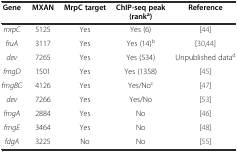
| Gene | MXAN | MrpC target | ChIP-seq peak (ranka) | Reference |
 | --- | --- | --- | --- | --- |
 | mrpC | 5125 | Yes | Yes (6) | [44] |
 | fruA | 3117 | Yes | Yes (14)b | [30, 44] |
 | dev | 7265 | Yes | Yes (534) | Unpublished datad |
 | fmgD | 1501 | Yes | Yes (1358) | [45] |
 | fmgBC | 4126 | Yes | Yes/Noc | [47] |
 | dev | 7266 | Yes | Yes/No | [53] |
 | fmgA | 2884 | Yes | No | [46] |
 | fmgE | 3464 | Yes | No | [48] |
 | fdgA | 3225 | No | No | [55] |